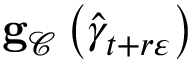
\mathbf { g } _ { \mathcal { C } } \left( \widehat { \gamma } _ { t + r \varepsilon } \right)